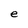
Character: e